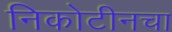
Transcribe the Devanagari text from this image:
निकोटीनचा